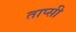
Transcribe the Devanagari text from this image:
ताप्सी